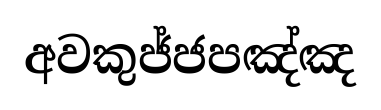
අවකුජ්ජපඤ්ඤ